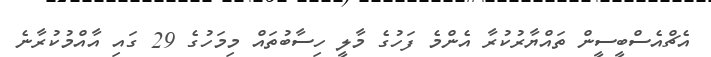
އެޗްއެސްބީސީން ތައްޔާރުކުރާ އެންމެ ފަހުގެ މާލީ ހިސާބުތައް މިމަހުގެ 29 ގައި އާއްމުކުރާނެ